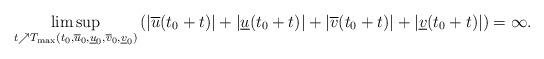
LaTeX: \begin{align*}\limsup_{t \nearrow T_{\max}\left(t_0,\overline{u}_0,\underline{u}_0,\overline{v}_0,\underline{v}_0\right)}\left(|\overline{u}(t_0+t)|+|\underline{u}(t_0+t)|+|\overline{v}(t_0+t)|+|\underline{v}(t_0+t)|\right)=\infty.\end{align*}